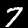
Digit: 7